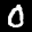
Label: 0